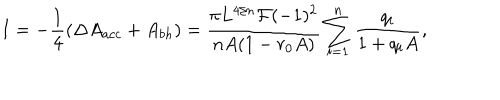
I = - { \frac { 1 } { 4 } } ( \Delta A _ { a c c } + A _ { b h } ) = { \frac { \pi L ^ { 4 / n } { \cal F } ( - 1 ) ^ { 2 } } { n A ( 1 - r _ { 0 } A ) } } \sum _ { i = 1 } ^ { n } { \frac { q _ { i } } { 1 + q _ { i } A } } ,